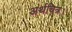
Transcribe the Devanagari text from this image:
अर्थचित्र।